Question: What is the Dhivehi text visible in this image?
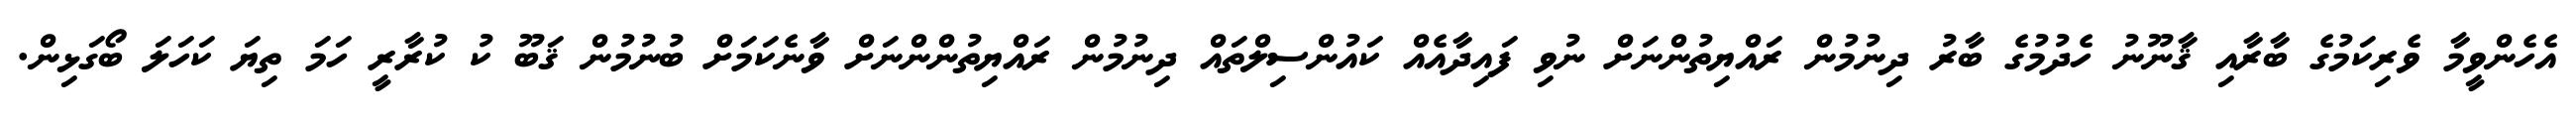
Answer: އެހެންވީމާ ވެރިކަމުގެ ބާރާއި ޤާނޫނު ހެދުމުގެ ބާރު ދިނުމުން ރައްޔިތުންނަށް ނުވި ފައިދާއެއް ކައުންސިލްތައް ދިނުމުން ރައްޔިތުންންނަށް ވާނެކަމަށް ބުނުމުން ޤަބޫ ކު ކުރާރީ ހަމަ ތިޔަ ކަހަލަ ބޯގަޅިން.